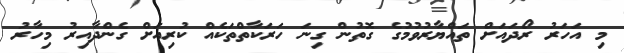
މި އަހަރު ރޯދައަށް ތައްޔާރުވުމުގެ ގޮތުން ގިނަ ހަރަކާތްތަކެއް ކުރިއަށް ގެންދާއިރު މިހާރު